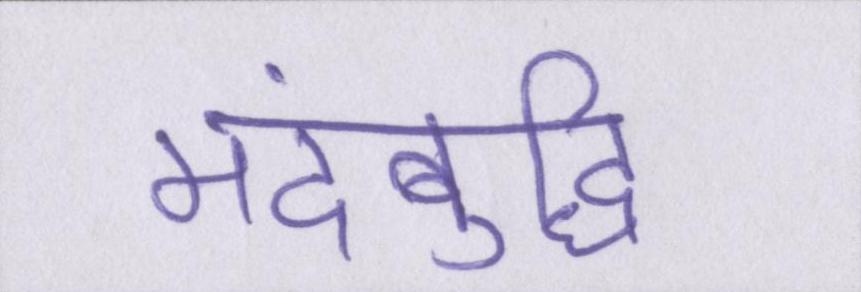
मंदबुद्धि